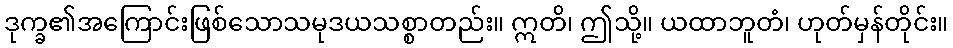
ဒုက္ခ၏အကြောင်းဖြစ်သောသမုဒယသစ္စာတည်း။ ဣတိ၊ ဤသို့။ ယထာဘူတံ၊ ဟုတ်မှန်တိုင်း။